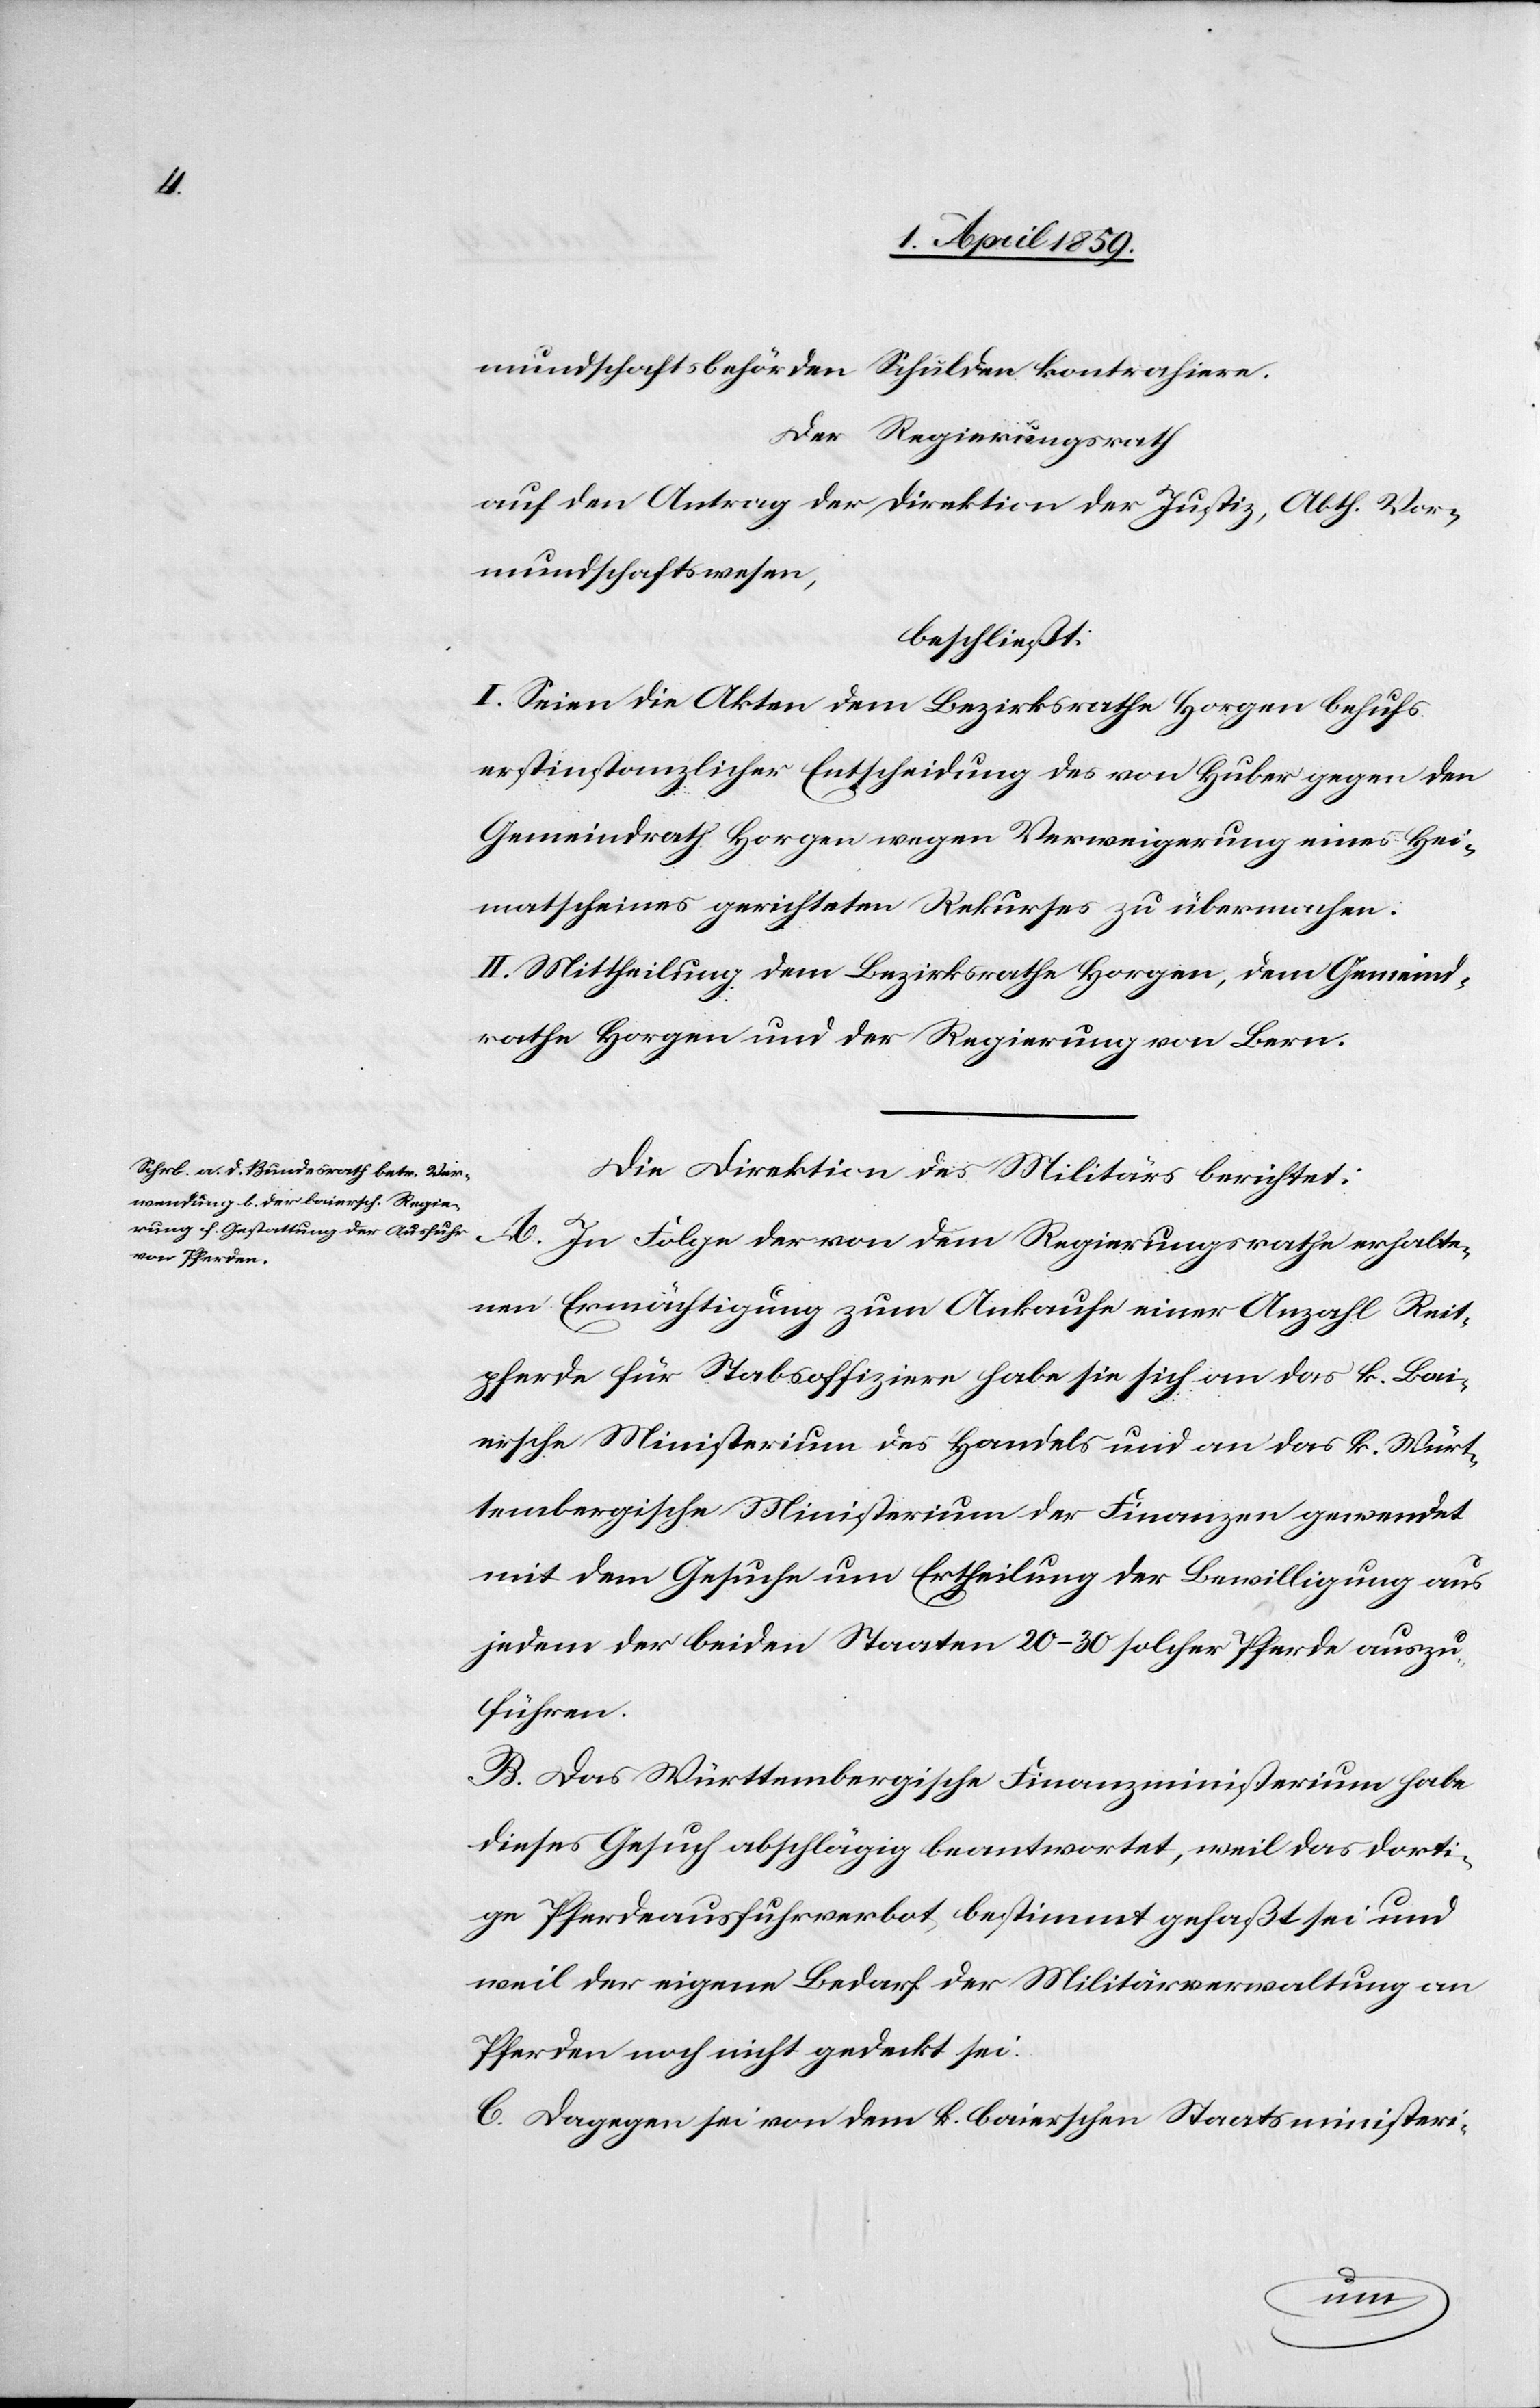
mundschaftsbehörden Schulden kontrahiere.
Der Regierungsrath
auf den Antrag der Direktion der Justiz, Abth. Vor¬
mundschaftswesen,
beschließt:
I. Seien die Akten dem Bezirksrathe Horgen behufs
erstinstanzlicher Entscheidung des von Huber gegen den
Gemeindrath Horgen wegen Verweigerung eines Hei¬
matscheines gerichteten Rekurses zu übermachen.
II. Mittheilung dem Bezirksrathe Horgen, dem Gemeind¬
rathe Horgen und der Regierung von Bern.
Die Direktion des Militärs berichtet:
A. In Folge der von dem Regierungsrathe erhalte¬
nen Ermächtigung zum Ankaufe einer Anzahl Reit¬
pferde für Stabsoffiziere habe sie sich an das k. Bai¬
rische Ministerium des Handels und an das k. Würt¬
tembergische Ministerium der Finanzen gewendet
mit dem Gesuche um Ertheilung der Bewilligung aus
jedem der beiden Staaten 20–30 solcher Pferde auszu¬
führen.
B. Das Württembergische Finanzministerium habe
dieses Gesuch abschlägig beantwortet, weil das dorti¬
ge Pferdeausfuhrverbot bestimmt gefaßt sei und
weil der eigene Bedarf der Militärverwaltung an
Pferden noch nicht gedeckt sei.
C. Dagegen sei von dem k. baierschen Staatsministeri-